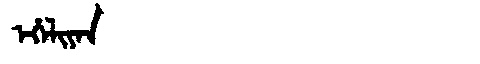
Manchu: ᡝᡥᡝᠯᡳᠶᠠᠨ
Romanization: EHELIYAN